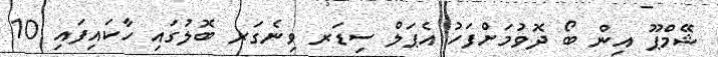
ޝޭމްޕޫ އިން ބޯ ދޮވުމަށްފަހު އެޕަލް ސިޑަރ ވިނެގަރ ބޮލުގައި ހާކައިފައި 10